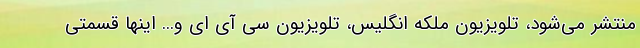
منتشر می‌شود، تلویزیون ملکه انگلیس، تلویزیون سی آی ای و... اینها قسمتی